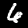
Digit: 6